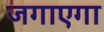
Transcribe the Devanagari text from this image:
जगाएगा